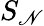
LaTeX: S_{\mathscr{N}}